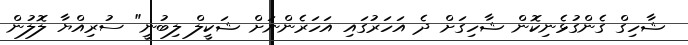
ޝާހިގް ގެންގުޅެނިކޮން ޝާހިގަށް ދެ އަހަރުގައި އަހަރެންނަށް ޝަކީލް ލިބުނީ" ސުރިއްޔާ ލޮލުން